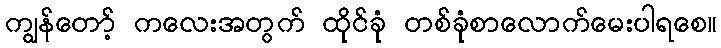
ကျွန်တော့် ကလေးအတွက် ထိုင်ခုံ တစ်ခုံစာလောက်မေးပါရစေ။